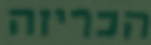
הכריזה